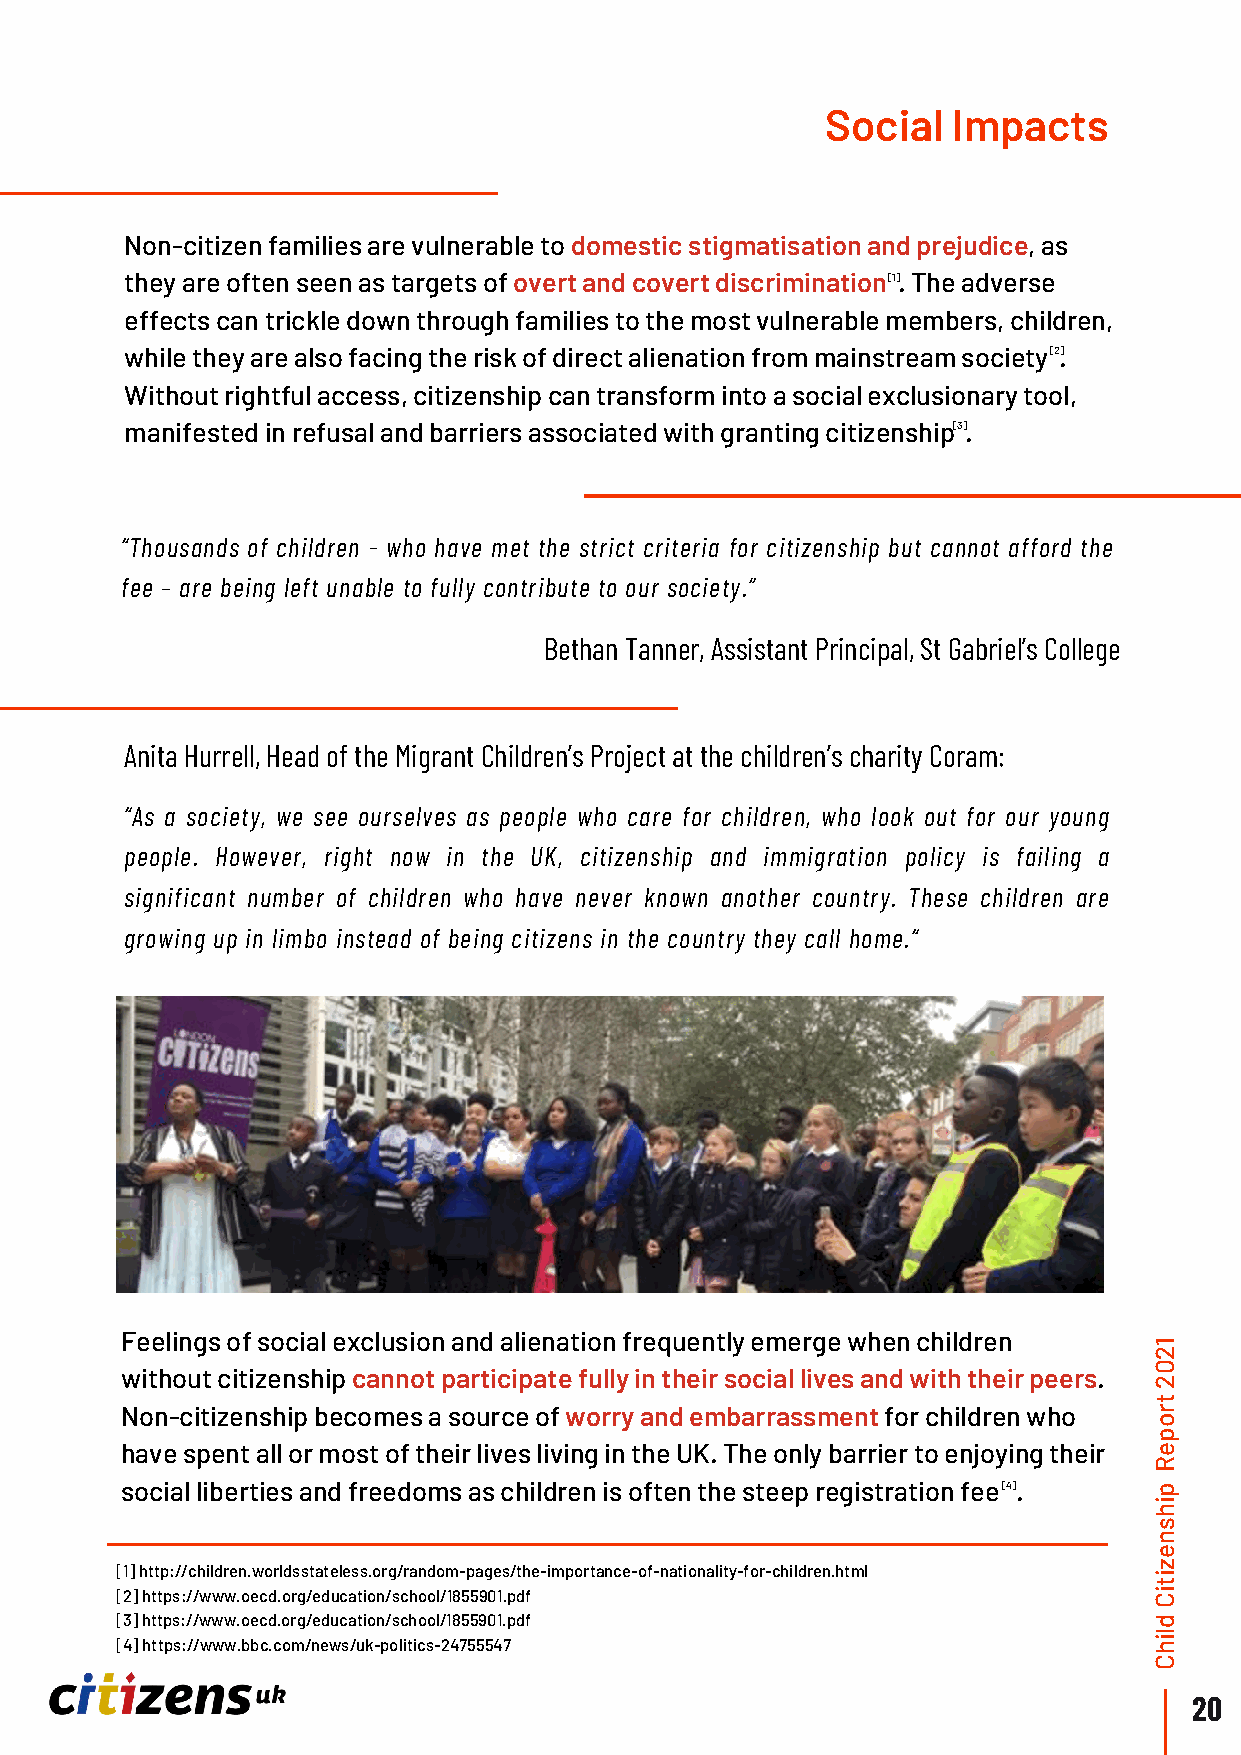
Social  Impacts
 Non-citizen families are vulnerable to domestic stigmatisation and prejudice, as
 they are often seen as targets of overt and covert discrimination [1 ]. The adverse
 effects can trickle down through families to the most vulnerable members, children,
 while they are also facing the risk of direct alienation from mainstream society [ 2.]
 Without rightful access, citizenship can transform into a social exclusionary tool,
 manifested in refusal and barriers associated with granting citizenship[ 3 ].
 “Thousands of children - who have met the strict criteria for citizenship but cannot afford the
 fee – are being left unable to fully contribute to our society.”
 Bethan Tanner, Assistant Principal, St Gabriel’s College
 Anita Hurrell, Head of the Migrant Children’s Project at the children’s charity Coram:
 “As a society, we see ourselves as people who care for children, who look out for our young
 people. However, right now in the UK, citizenship and immigration policy is failing a
 significant number of children who have never known another country. These children are
 growing up in limbo instead of being citizens in the country they call home.“
 Feelings of social exclusion and alienation frequently emerge when children
 1
 2
 0
 without citizenship cannot participate fully in their social lives and with their peers.
 2
 t
 Non-citizenship becomes a source of worry and embarrassment for children who r
 o
 p
 have spent all or most of their lives living in the UK. The only barrier to enjoying their e
 R
 social liberties and freedoms as children is often the steep registration fee [ 4 ]. p
 i
 h
 s
 n
 e
 [1] http://children.worldsstateless.org/random-pages/the-importance-of-nationality-for-children.html iz
 t
 [2] https://www.oecd.org/education/school/1855901.pdf               Ci
 [3] https://www.oecd.org/education/school/1855901.pdf               d
 [4] https://www.bbc.com/news/uk-politics-24755547
 hil
 C
 20